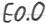
Text: E0.0